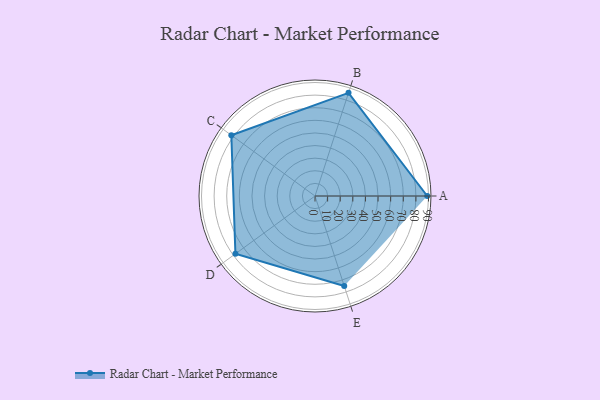
{"axis": {"x": "Skill", "y": "Score"}, "legend": ["Profile"], "data": [{"x": "A", "y": 89.0, "type": "Profile"}, {"x": "B", "y": 86.0, "type": "Profile"}, {"x": "C", "y": 82.0, "type": "Profile"}, {"x": "D", "y": 78.0, "type": "Profile"}, {"x": "E", "y": 75.0, "type": "Profile"}]}